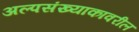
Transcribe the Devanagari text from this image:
अल्पसंख्याकावरील